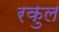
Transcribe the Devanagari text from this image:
रकुल